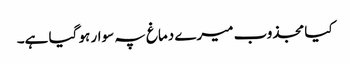
کیا مجذوب میرے دماغ پہ سوار ہو گیا ہے۔